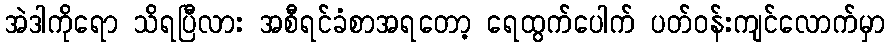
အဲဒါကိုရော သိရပြီလား အစီရင်ခံစာအရတော့ ရေထွက်ပေါက် ပတ်ဝန်းကျင်လောက်မှာ